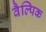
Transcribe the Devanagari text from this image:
वैल्पिक